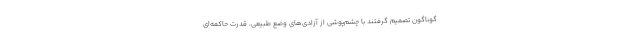
گوناگون تصمیم گرفتند با چشم‌پوشی از آزادی‌های وضع طبیعی، قدرت حاکمه‌ای